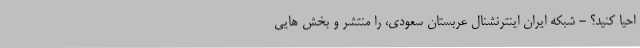
احیا کنید؟ - شبکه ایران اینترنشنال عربستان سعودی، را منتشر و بخش هایی